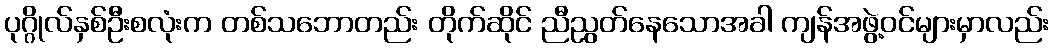
ပုဂ္ဂိုလ်နှစ်ဦးစလုံးက တစ်သဘောတည်း တိုက်ဆိုင် ညီညွတ်နေသောအခါ ကျန်အဖွဲ့ဝင်များမှာလည်း